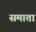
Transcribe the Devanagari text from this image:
समाता